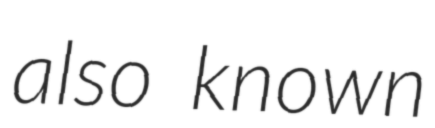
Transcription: also known